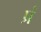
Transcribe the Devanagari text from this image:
प्रं